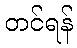
တင်ရန်